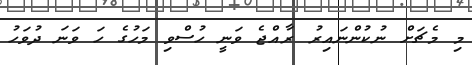
މި މެޗަށް ނުކުންނައިރު ރާއްޖެ ވަނީ ހުސްވި މަހުގެ ހަ ވަނަ ދުވަހު